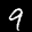
Label: 9